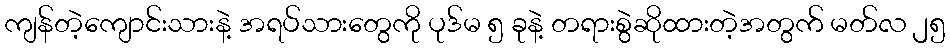
ကျန်တဲ့ကျောင်းသားနဲ့ အရပ်သားတွေကို ပုဒ်မ ၅ ခုနဲ့ တရားစွဲဆိုထားတဲ့အတွက် မတ်လ ၂၅